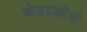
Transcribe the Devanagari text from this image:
घोडदळीची